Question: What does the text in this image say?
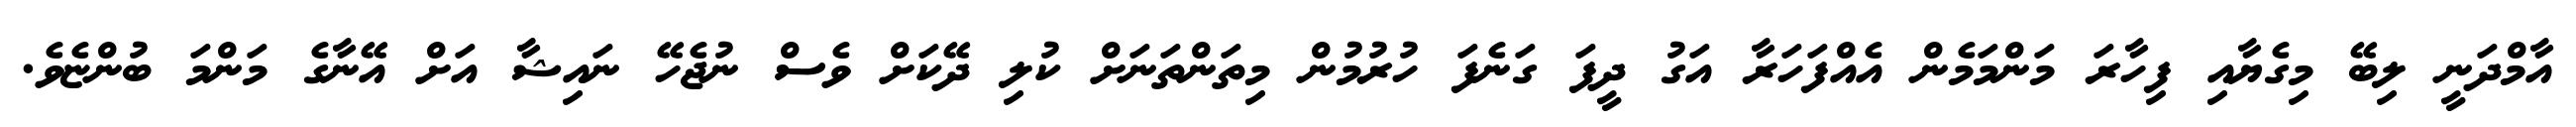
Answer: އާމްދަނީ ލިބޭ މިގެޔާއި ފިހާރަ މަންމަމެން އެއްފަހަރާ އަގު ދީފަ ގަނެފަ ހުރުމުން މިތަންތަނަށް ކުލި ދޭކަށް ވެސް ނުޖެހޭ ނައިޝާ އަށް އޭނާގެ މަންމަ ބުންޏެވެ.